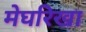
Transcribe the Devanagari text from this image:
मेघरिखा